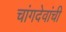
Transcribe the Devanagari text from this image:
चांगदेवांची